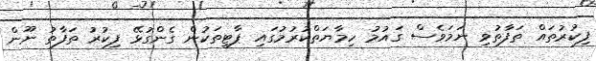
ފިކުރުތައް ތަފާތުވި ނަމަވެސް ގައުމު ހިމާޔަތްކުރުމުގައި ޕާޓީތަކުން ގެންގުޅޭ ފިކުރު ތަފާތު ނޫން